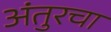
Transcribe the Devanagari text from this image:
अंतुरचा